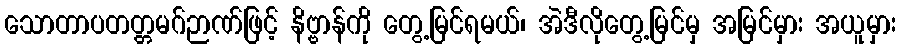
သောတာပတတ္တမဂ်ဉာဏ်ဖြင့် နိဗ္ဗာန်ကို တွေ့မြင်ရမယ်၊ အဲဒီလိုတွေ့မြင်မှ အမြင်မှား အယူမှား